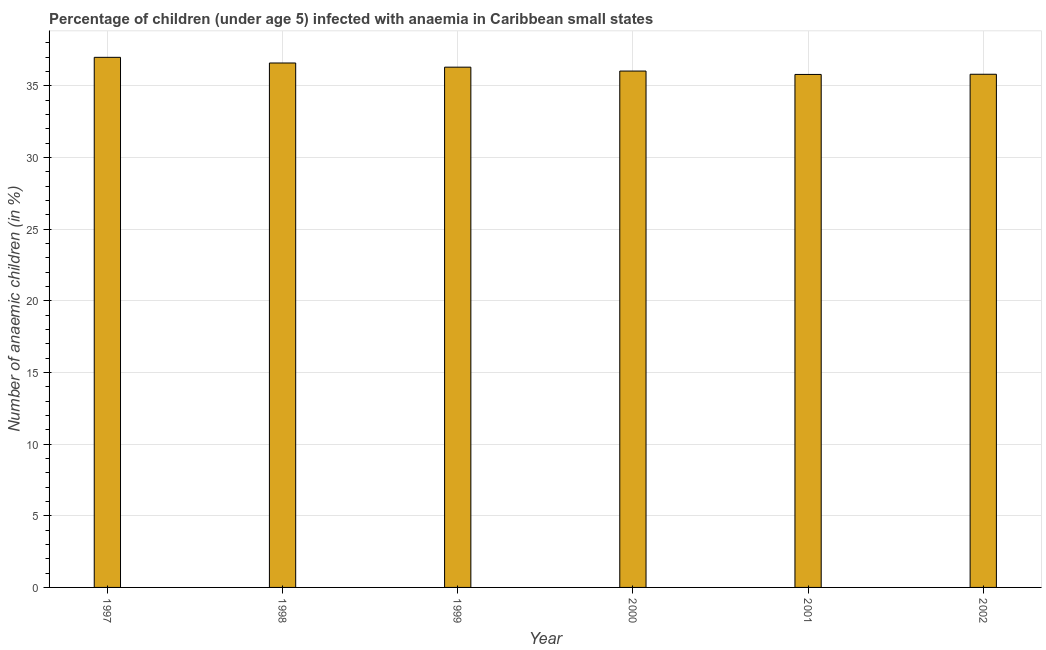
| Year | Prevalence of anemia among children |
 | --- | --- |
 | 1997 | 37 |
 | 1998 | 36.6 |
 | 1999 | 36.3 |
 | 2000 | 36 |
 | 2001 | 35.8 |
 | 2002 | 35.8 |